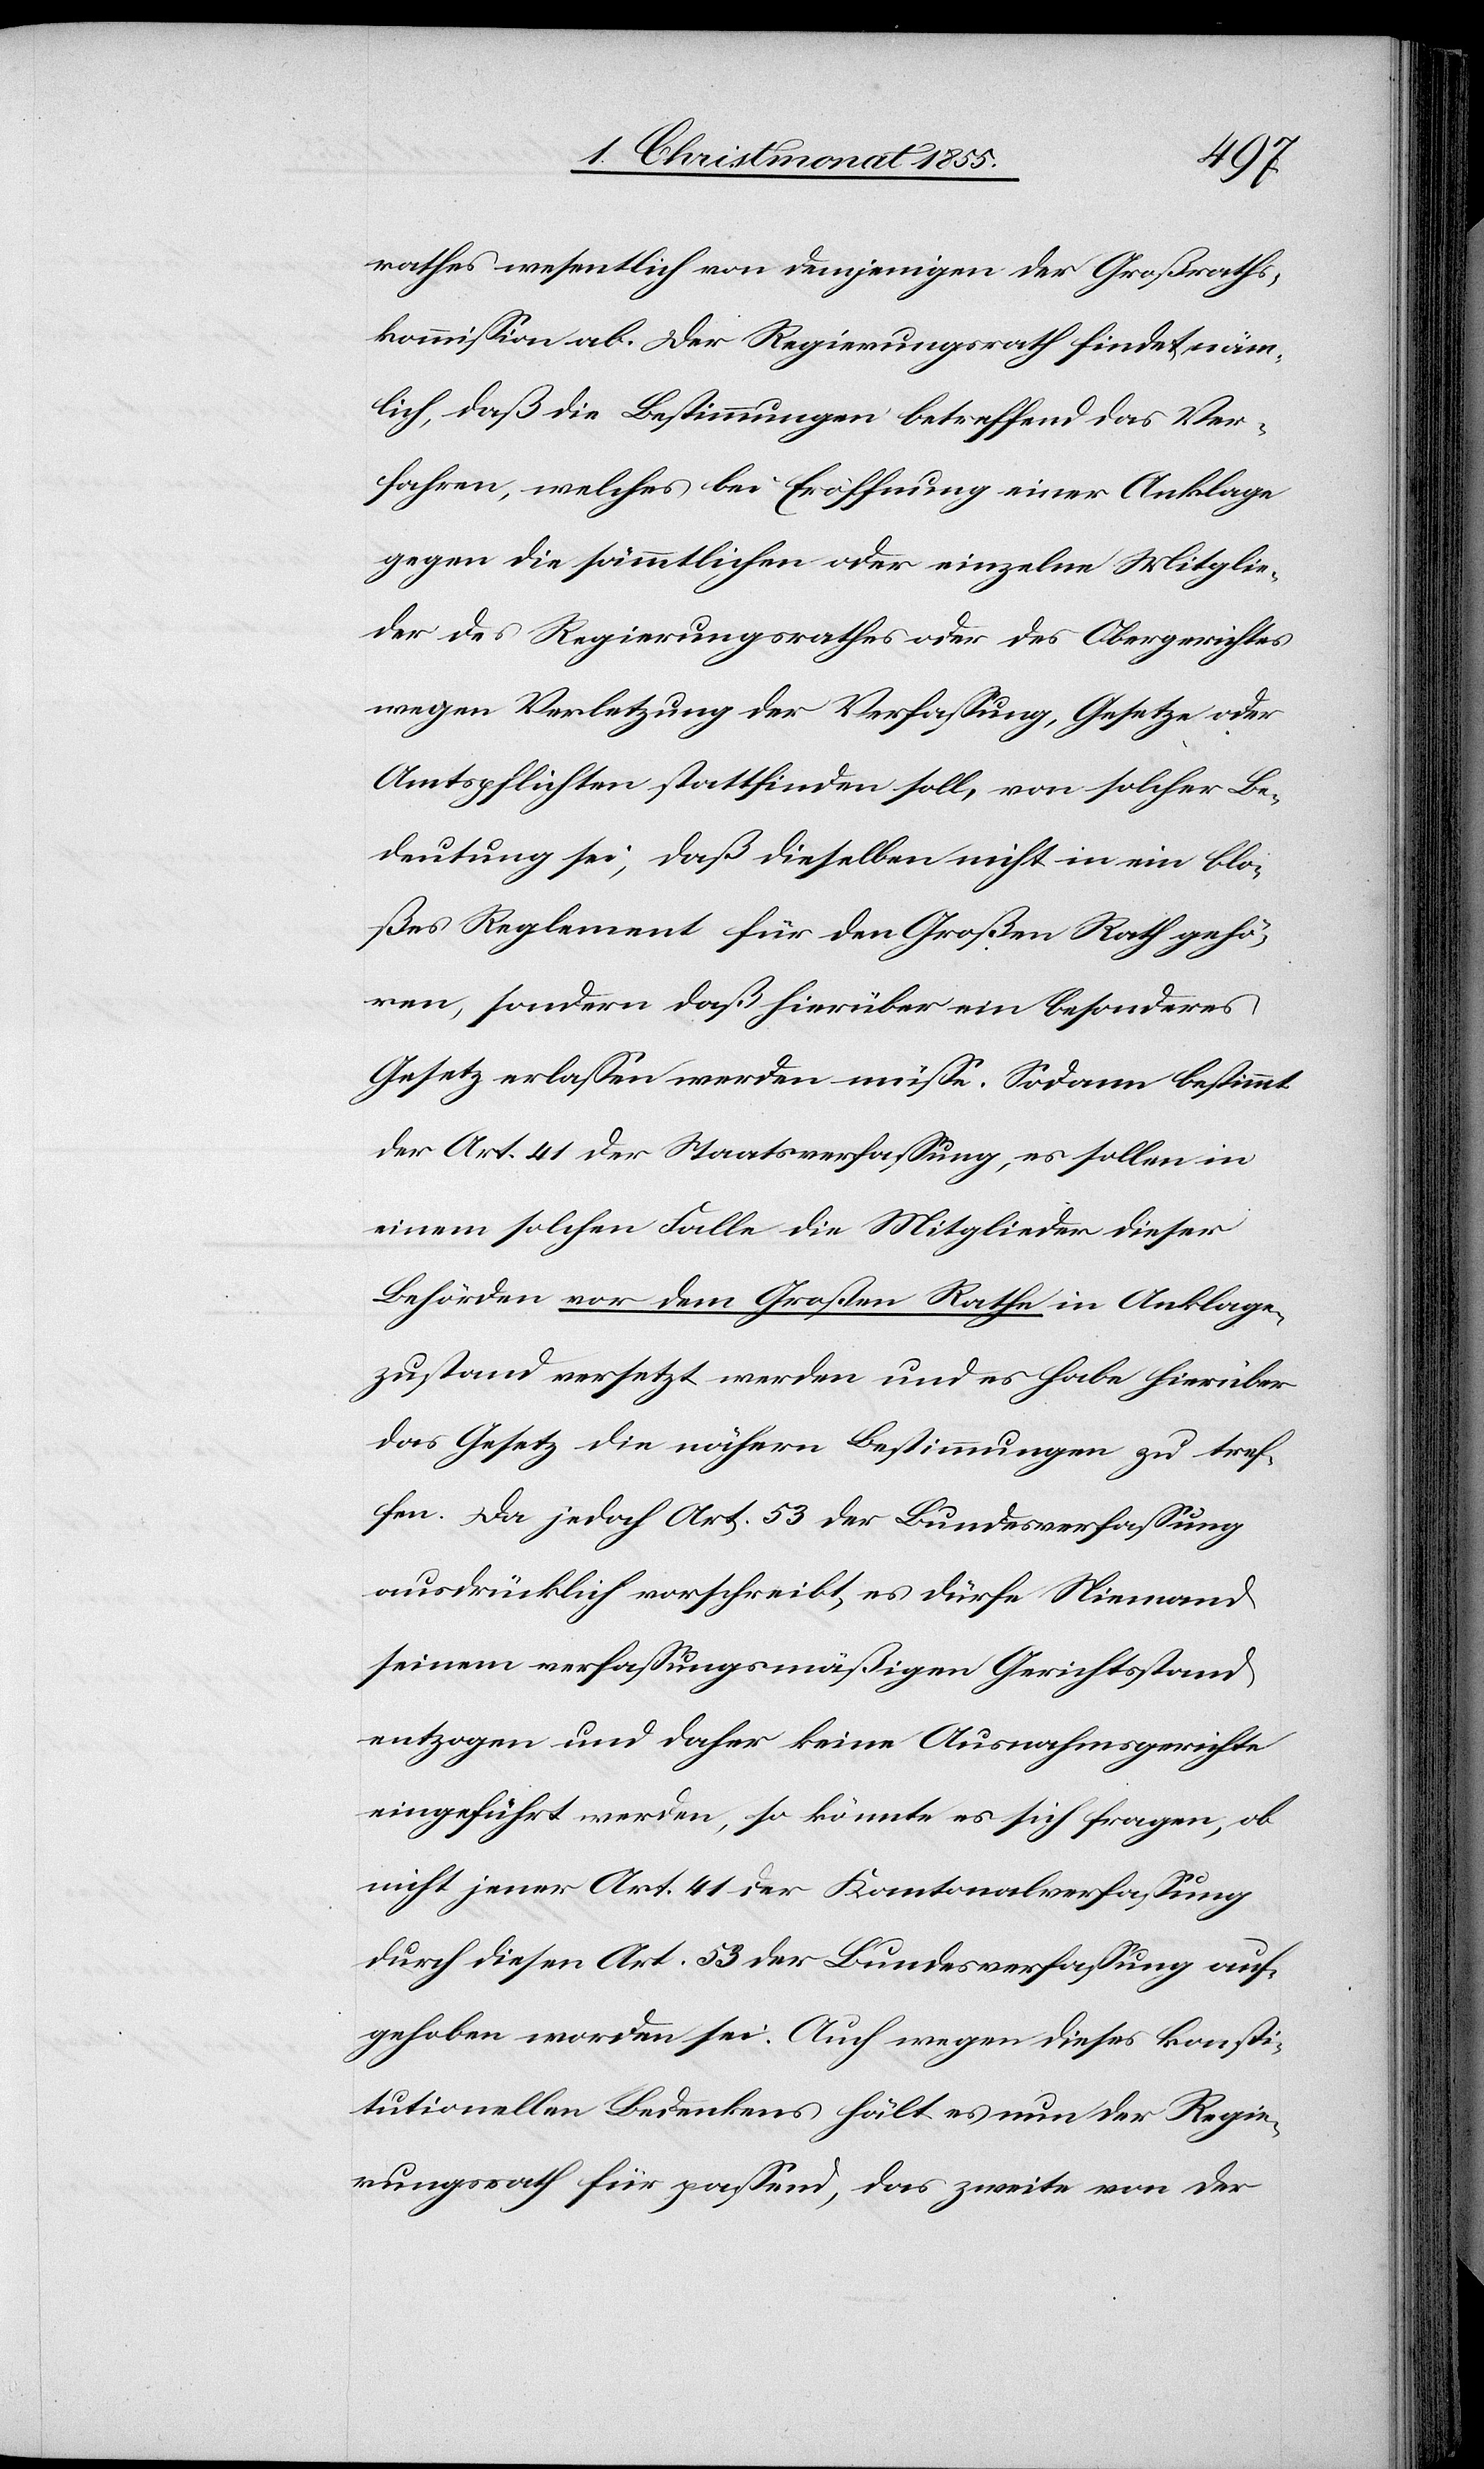
rathes wesentlich von demjenigen der Großraths¬
kommission ab. Der Regierungsrath findet näm¬
lich, daß die Bestimmungen betreffend das Ver¬
fahren, welches bei Eröffnung einer Anklage
gegen die sämmtlichen oder einzelne Mitglie¬
der des Regierungsrathes oder des Obergerichtes
wegen Verletzung der Verfassung, Gesetze oder
Amtspflichten stattfinden soll, von solcher Be¬
deutung sei, daß dieselben nicht in ein blo¬
ßes Reglement für den Großen Rath gehö¬
ren, sondern daß hierüber ein besonderes
Gesetz erlassen werden müsse. Sodann bestimmt
der Art. 41 der Staatsverfassung, es sollen in
einem solchen Falle die Mitglieder dieser
Behörden vor dem Großen Rathe in Anklage¬
zustand versetzt werden und es habe hierüber
das Gesetz die nähern Bestimmungen zu tref¬
fen. Da jedoch Art. 53 der Bundesverfassung
ausdrücklich vorschreibt, es dürfe Niemand
seinem verfassungsmäßigen Gerichtsstand
entzogen und daher keine Ausnahmsgerichte
eingeführt werden, so könnte es sich fragen, ob
nicht jener Art. 41 der Kantonalverfassung
durch diesen Art. 53 der Bundesverfassung auf¬
gehoben worden sei. Auch wegen dieses konsti¬
tutionellen Bedenkens hält es nun der Regie¬
rungsrath für passend, das zweite von der